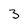
Character: 3